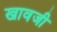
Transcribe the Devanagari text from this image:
खावजी